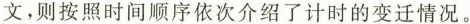
文，则按照时间顺序依次介绍了计时的变迁情况。